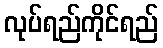
လုပ်ရည်ကိုင်ရည်